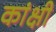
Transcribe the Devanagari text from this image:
कांक्षी